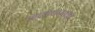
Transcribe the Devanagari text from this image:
मालवणला